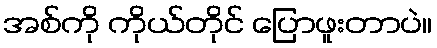
အစ်ကို ကိုယ်တိုင် ပြောဖူးတာပဲ။